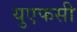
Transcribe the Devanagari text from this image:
युएफसी